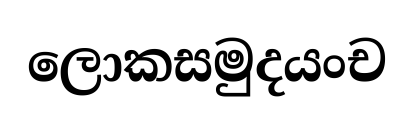
ලොකසමුදයංච